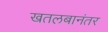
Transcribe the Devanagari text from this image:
खतलबानंतर